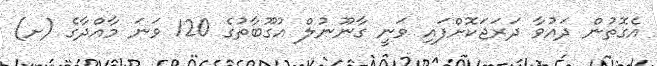
އެގޮތުން ދައުވާ ދަރަޖަކޮށްފައި ވަނީ ގާނޫނުލް އުގޫބާތުގެ 120 ވަނަ މާއްދާގެ (ށ)